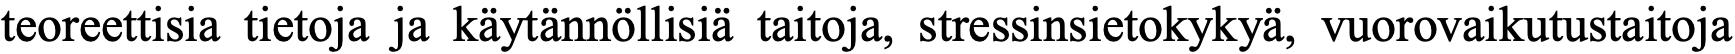
teoreettisia tietoja ja käytännöllisiä taitoja, stressinsietokykyä, vuorovaikutustaitoja